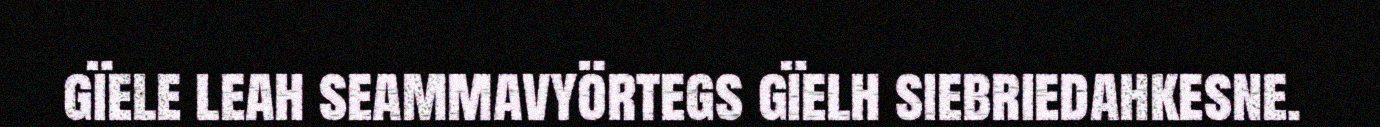
gïele leah seammavyörtegs gïelh siebriedahkesne.